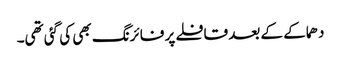
دھماکے کے بعد قافلے پر فائرنگ بھی کی گئی تھی۔